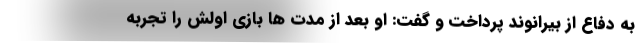
به دفاع از بیرانوند پرداخت و گفت: او بعد از مدت ها بازی اولش را تجربه